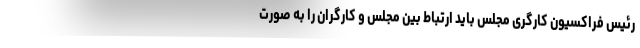
رئیس فراکسیون کارگری مجلس باید ارتباط بین مجلس و کارگران را به صورت